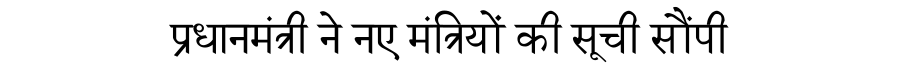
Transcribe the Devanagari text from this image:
प्रधानमंत्री ने नए मंत्रियों की सूची सौंपी